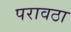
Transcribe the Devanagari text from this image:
परावठा